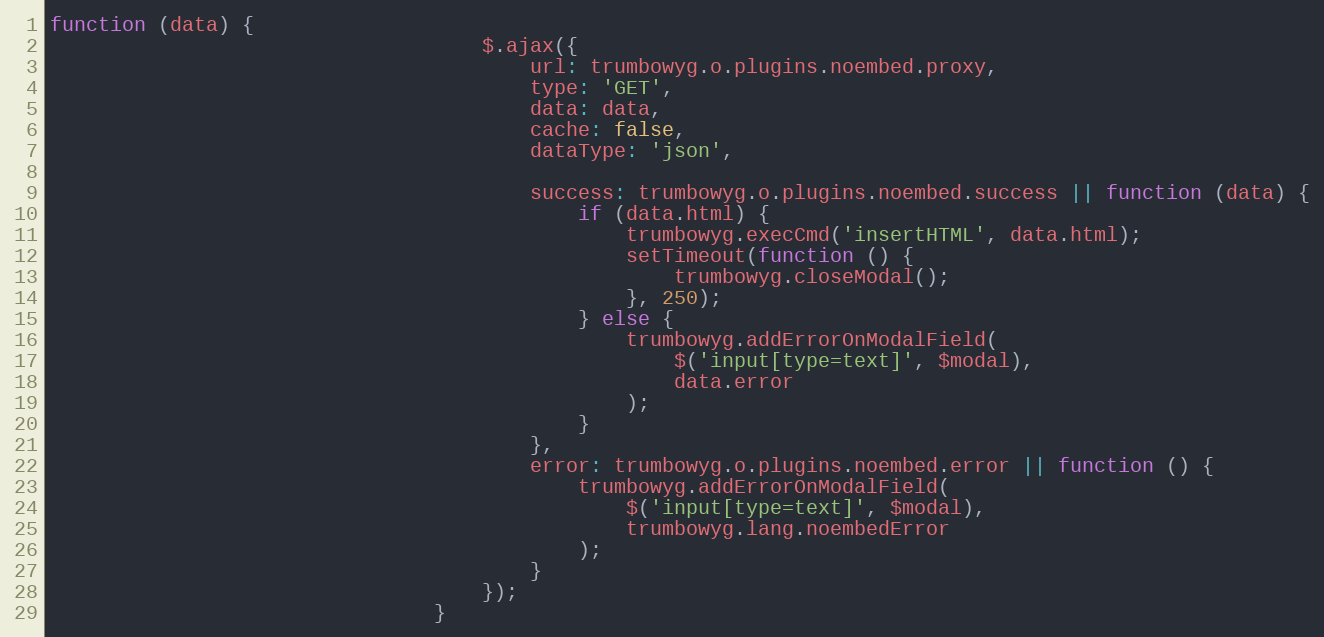
Language: JavaScript
function (data) {
                                    $.ajax({
                                        url: trumbowyg.o.plugins.noembed.proxy,
                                        type: 'GET',
                                        data: data,
                                        cache: false,
                                        dataType: 'json',

                                        success: trumbowyg.o.plugins.noembed.success || function (data) {
                                            if (data.html) {
                                                trumbowyg.execCmd('insertHTML', data.html);
                                                setTimeout(function () {
                                                    trumbowyg.closeModal();
                                                }, 250);
                                            } else {
                                                trumbowyg.addErrorOnModalField(
                                                    $('input[type=text]', $modal),
                                                    data.error
                                                );
                                            }
                                        },
                                        error: trumbowyg.o.plugins.noembed.error || function () {
                                            trumbowyg.addErrorOnModalField(
                                                $('input[type=text]', $modal),
                                                trumbowyg.lang.noembedError
                                            );
                                        }
                                    });
                                }